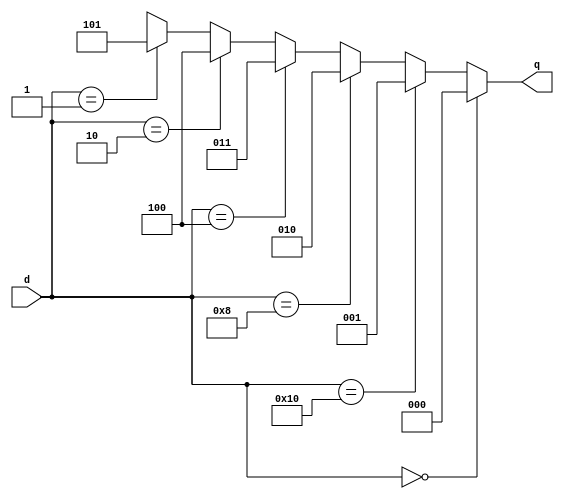
module bus_enc(d, q);
	input[4:0] d;
	output reg[2:0] q;

	always @ (d)
		begin
			if (d == 5'b00000) 
				q <= 3'b000;
			else if(d == 5'b10000)
				q <= 3'b001;
			else if(d == 5'b01000)
				q <= 3'b010;
			else if(d == 5'b00100)
				q <= 3'b011;
			else if(d == 5'b00010)
				q <= 3'b100;
			else if(d == 5'b00001)
				q <= 3'b101;
			else
				q <= 32'hx;
		end
endmodule